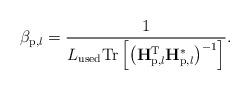
LaTeX: \begin{align*}\beta_{\mathrm{p},l} = \frac{1}{L_{\mathrm{used}} \mathrm{Tr} \left[ \left( \mathbf{H}_{\mathrm{p},l}^\mathrm{T} \mathbf{H}_{\mathrm{p},l}^* \right)^{-1} \right]}.\end{align*}